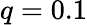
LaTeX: q=0.1